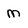
Character: M